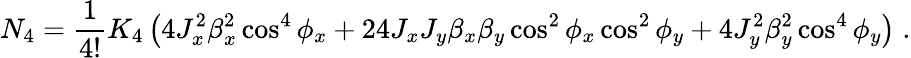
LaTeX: N_{4}=\frac{1}{4!}K_{4}\left(4J_{x}^{2}\beta_{x}^{2}\cos^{4}{\phi_{x}}+24J_{x}J_{y}\beta_{x}\beta_{y}\cos^{2}{\phi_{x}}\cos^{2}{\phi_{y}}+4J_{y}^{2}\beta_{y}^{2}\cos^{4}{\phi_{y}}\right)\; .